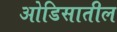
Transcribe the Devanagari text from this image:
ओडिसातील